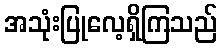
အသုံးပြုလေ့ရှိကြသည်